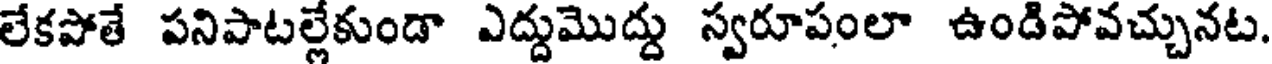
లేకపోతే పనిపాటల్లేకుండా ఎద్దుమొద్దు స్వరూపంలా ఉండిపోవచ్చునట.